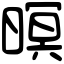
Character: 暝